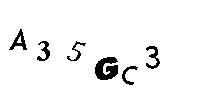
A35GC3